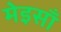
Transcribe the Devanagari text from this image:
मेइसाँ